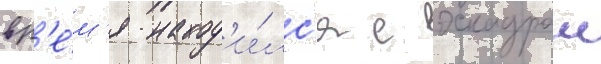
вр'е́м'я наход'и́лс'я с эскадрои